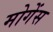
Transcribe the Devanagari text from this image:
मोगेंस